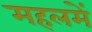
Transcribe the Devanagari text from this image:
महलमें